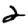
Digit: 2